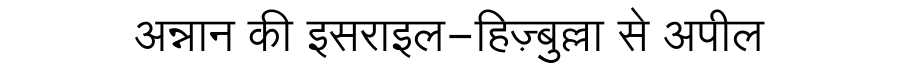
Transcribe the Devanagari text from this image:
अन्नान की इसराइल-हिज़्बुल्ला से अपील